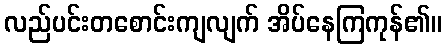
လည်ပင်းတစောင်းကျလျက် အိပ်နေကြကုန်၏။